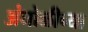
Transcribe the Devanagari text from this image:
अंघोळीच्या